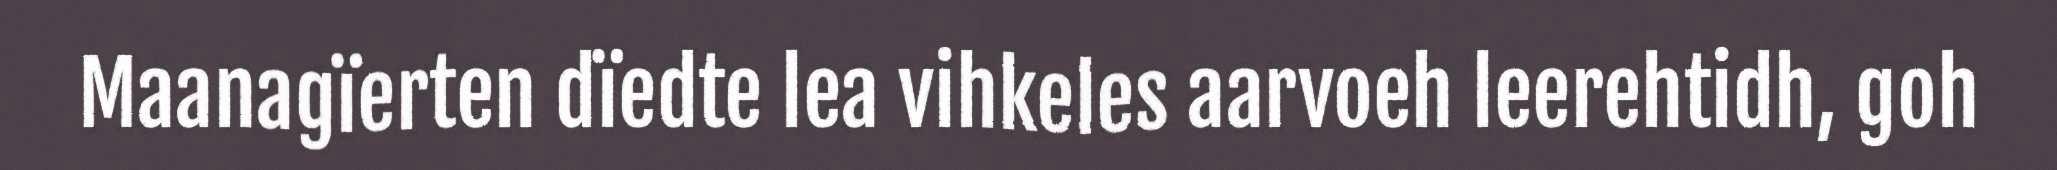
Maanagïerten dïedte lea vihkeles aarvoeh leerehtidh, goh